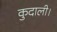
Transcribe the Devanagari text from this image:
कुदाली।